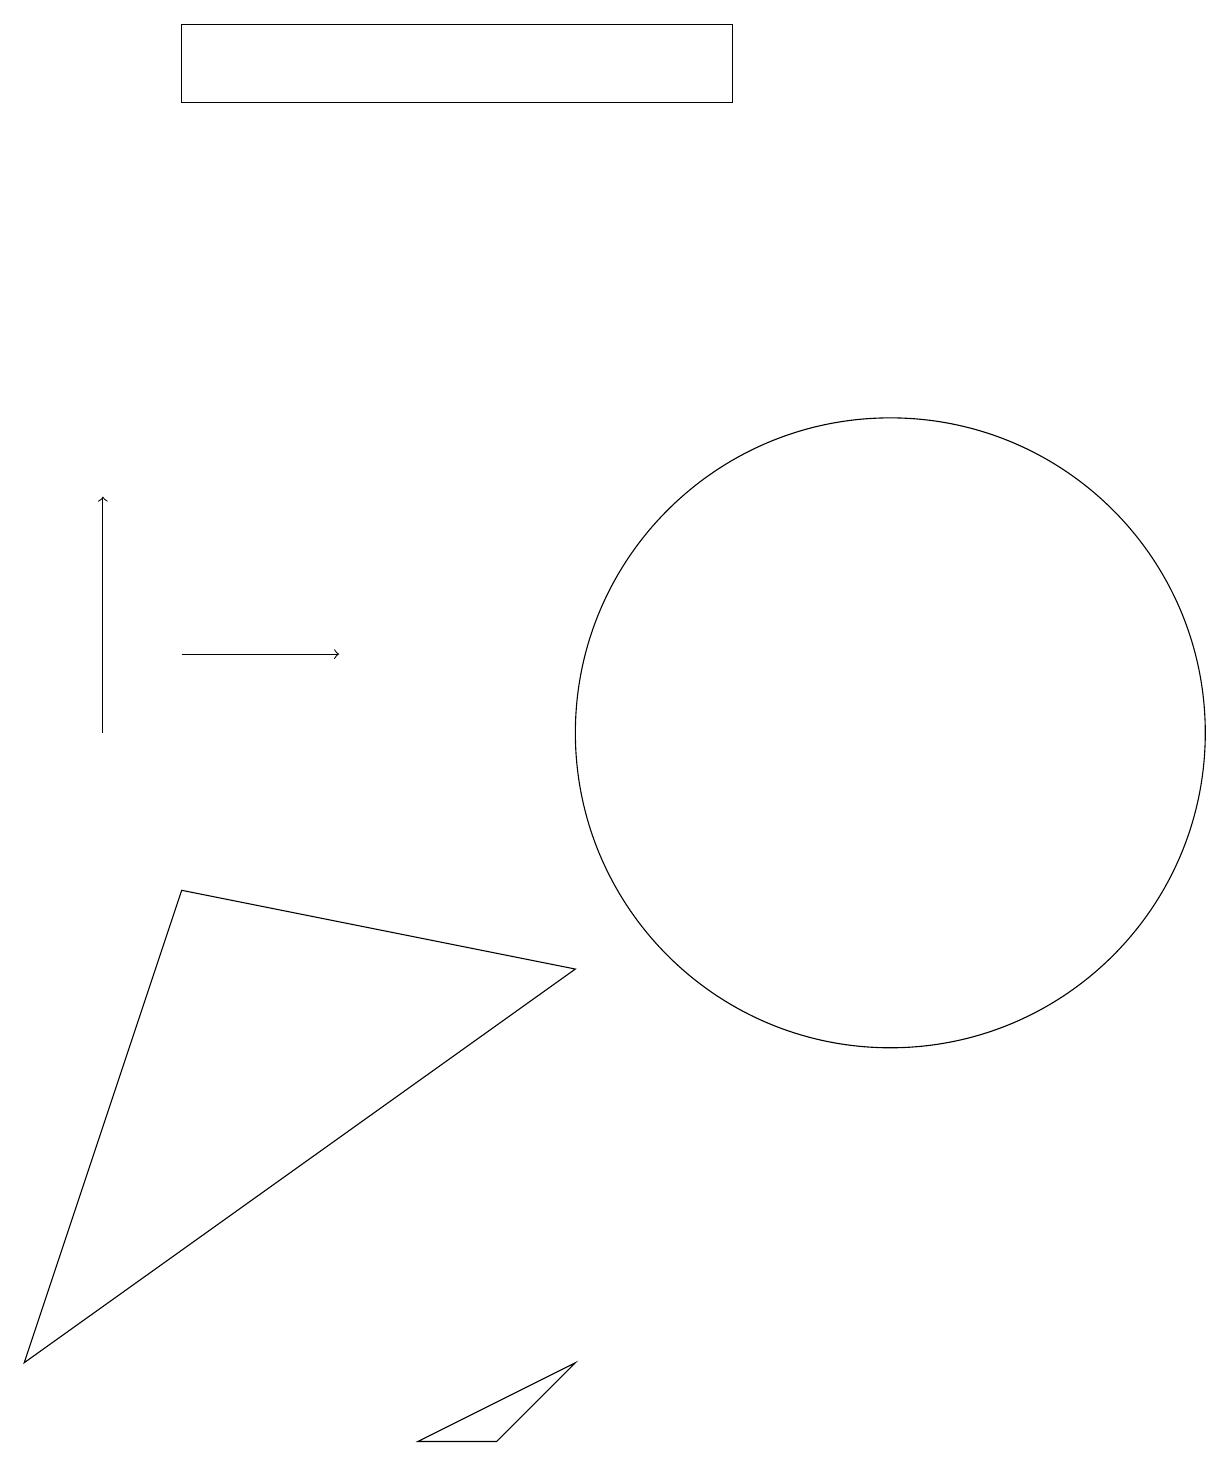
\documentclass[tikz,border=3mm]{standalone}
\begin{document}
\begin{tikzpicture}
\draw (9,18) rectangle (2,19);
\draw (2,8) -- (7,7) -- (0,2) -- cycle;
\draw[->] (2,11) -- (4,11);
\draw (11,10) circle (4);
\draw[->] (1,10) -- (1,13);
\draw (7,2) -- (6,1) -- (5,1) -- cycle;
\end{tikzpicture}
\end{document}